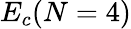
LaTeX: E_{c}(N=4)